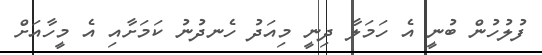
ފުލުހުން ބުނީ އެ ހަމަލާ ދިނީ މިއަދު ހެނދުނު ކަމަށާއި އެ މީހާއަށް